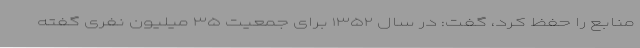
منابع را حفظ کرد، گفت: در سال ۱۳۵۲ برای جمعیت ۳۵ میلیون نفری گفته